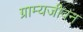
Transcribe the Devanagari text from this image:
ग्राम्यजीवन